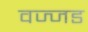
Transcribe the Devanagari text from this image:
वज्जड